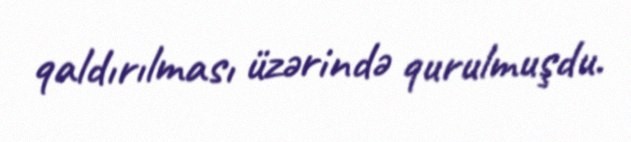
qaldırılması üzərində qurulmuşdu.